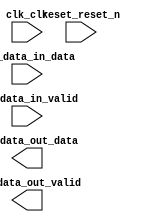

module NCO_Data (
	clk_clk,
	nco_data_in_valid,
	nco_data_in_data,
	nco_data_out_data,
	nco_data_out_valid,
	reset_reset_n);	

	input		clk_clk;
	input		nco_data_in_valid;
	input	[14:0]	nco_data_in_data;
	output	[9:0]	nco_data_out_data;
	output		nco_data_out_valid;
	input		reset_reset_n;
endmodule